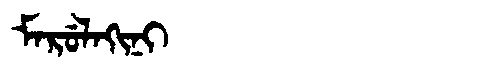
Manchu: ᠮᠠᡵᡠᠯᠠᡴᡳᠨᡳ
Romanization: MARULAKINI